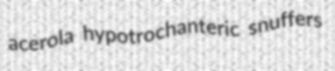
acerola hypotrochanteric snuffers